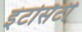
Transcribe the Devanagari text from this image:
इंटर्सिटी